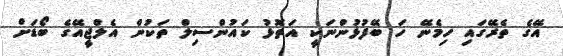
އޭގެ ތެރޭގައި ހިމެނޭ ހަ ބޭފުޅުންނަކީ އަތޮޅު ކައުންސިލް ތަކުން އެލްޖީއޭގެ ބޯޑަށް